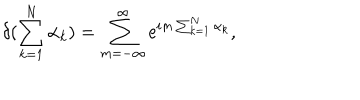
\delta ( \sum _ { k = 1 } ^ { N } \alpha _ { k } ) = \sum _ { m = - \infty } ^ { \infty } \mathrm { e } ^ { i m \sum _ { k = 1 } ^ { N } \alpha _ { k } } ,